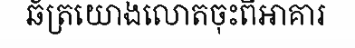
ឆ័ត្រយោងលោតចុះពីអាគារ